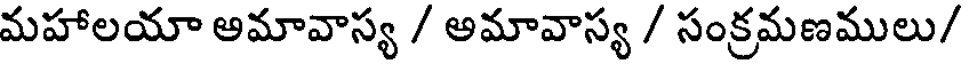
మహాలయా అమావాస్య / అమావాస్య / సంక్రమణములు/